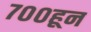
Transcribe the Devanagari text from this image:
७००हून